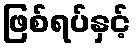
ဖြစ်ရပ်နှင့်